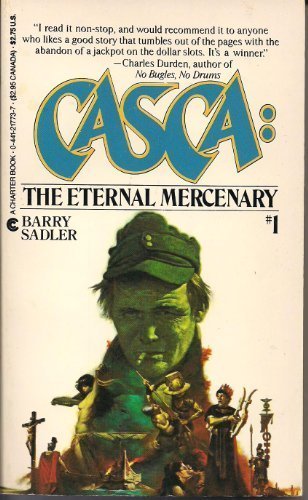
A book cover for Casca #01: Eternal Mercenary; Barry Sadler; Literature & Fiction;